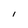
Character: l